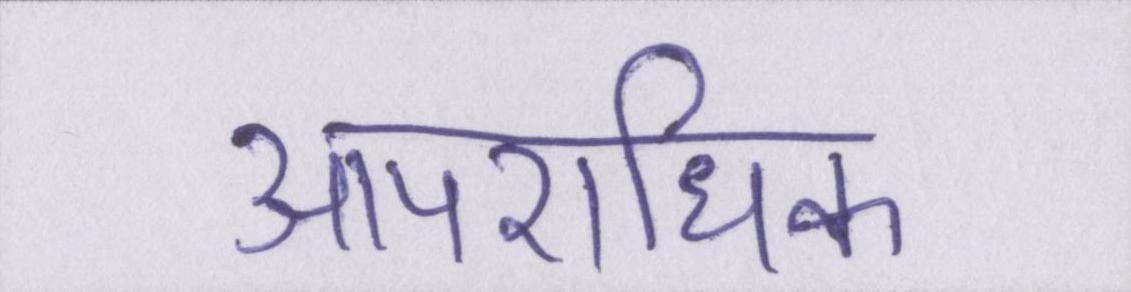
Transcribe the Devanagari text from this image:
आपराधिक